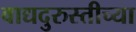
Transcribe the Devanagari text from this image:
वाद्यदुरुस्तीच्या